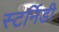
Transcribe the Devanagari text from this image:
स्टर्निडी